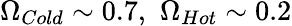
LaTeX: \Omega_{Cold}\sim 0.7,\, \, \Omega_{Hot}\sim 0.2